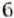
6